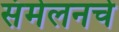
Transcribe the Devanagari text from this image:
संमेलनचे